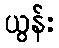
ယွန်း